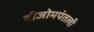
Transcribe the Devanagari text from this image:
टीजोमपंतली